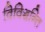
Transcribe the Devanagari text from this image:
विविञ्चन्ति